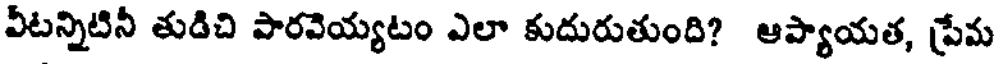
వీటన్నిటినీ తుడిచి పారవెయ్యటం ఎలా కుదురుతుంది? ఆప్యాయత, ప్రేమ